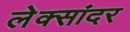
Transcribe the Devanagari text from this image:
लेक्सांदर